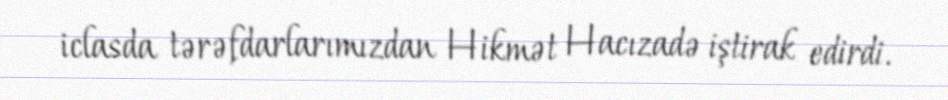
iclasda tərəfdarlarımızdan Hikmət Hacızadə iştirak edirdi.